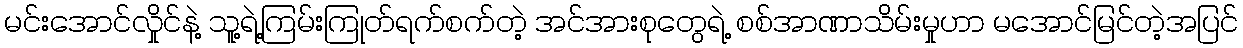
မင်းအောင်လှိုင်နဲ့ သူ့ရဲ့ကြမ်းကြုတ်ရက်စက်တဲ့ အင်အားစုတွေရဲ့ စစ်အာဏာသိမ်းမှုဟာ မအောင်မြင်တဲ့အပြင်